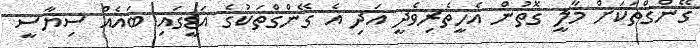
ގޭންގްތަކަށް މާލީ ގޮތުން އެހީތެރިވެދީ އަދި އެ ގޭންގްތަކުގެ އަޑީގައި ބައެއް ސިޔާސީ